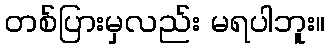
တစ်ပြားမှလည်း မရပါဘူး။